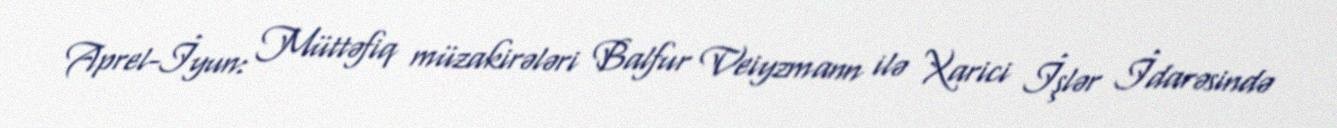
Aprel-İyun: Müttəfiq müzakirələri Balfur Veiyzmann ilə Xarici İşlər İdarəsində